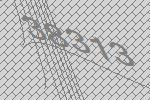
38313